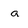
Character: a